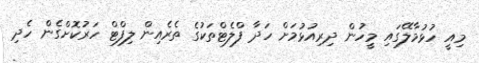
މިއީ ހުޅުމާލޭގައި މީހުން ދިރިއުޅުމަށް ހަދާ ފްލެޓްތަކުގެ ތެރެއިން ލިފްޓް ހަރުކޮށްގެން ހެދި